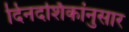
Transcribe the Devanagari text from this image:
दिनदर्शिकांनुसार